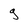
Character: g